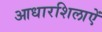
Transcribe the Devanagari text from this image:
आधारशिलाऐं